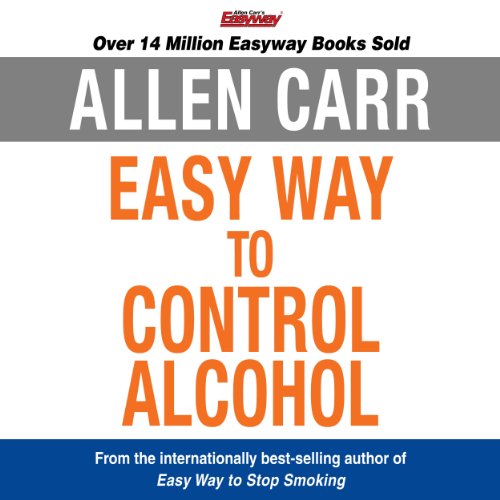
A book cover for The Easy Way to Control Alcohol; Allen Carr; Health, Fitness & Dieting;